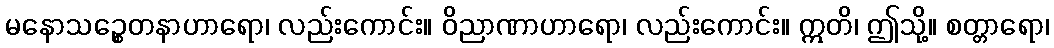
မနောသဉ္စေတနာဟာရော၊ လည်းကောင်း။ ဝိညာဏာဟာရော၊ လည်းကောင်း။ ဣတိ၊ ဤသို့။ စတ္တာရော၊